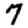
Digit: 7